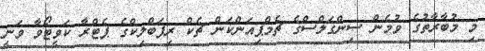
މި މުބާރާތުގެ ވުމެން ސިންގަލްސްގެ ޗެމްޕިއަންކަން ޗެކް ރިޕަބްލިކްގެ ޕެޓްރާ ކަވީޓޯވާ ވަނީ